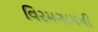
વિરમગામની